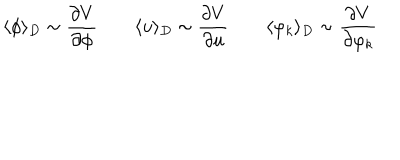
\langle \phi \rangle _ { D } \sim \frac { \partial V } { \partial \phi } \qquad \langle u \rangle _ { D } \sim \frac { \partial V } { \partial u } \qquad \langle \varphi _ { k } \rangle _ { D } \sim \frac { \partial V } { \partial \varphi _ { k } }